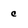
Character: c